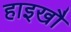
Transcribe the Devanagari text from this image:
हाइखौ